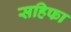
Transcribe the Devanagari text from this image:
सहिफा